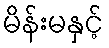
မိန်းမနှင့်